Vaccination in Bombay 1902-1912 - 1902-1912
Year: 1902
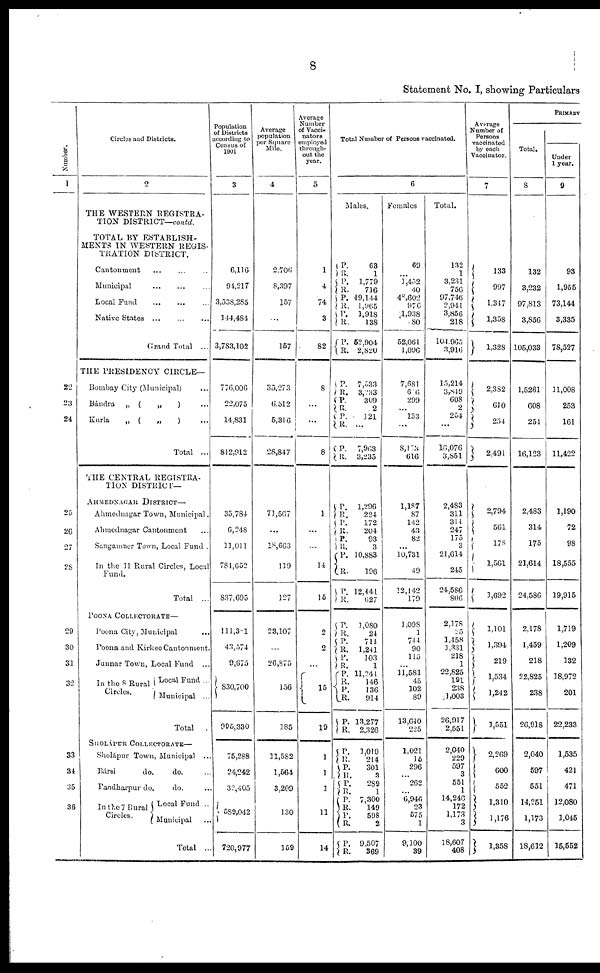
8
Statement No. I, showing Particulars
Number.
1
22
23
24
25
26
27
28
29
30
31
32
33
34
35
36
Circles and Districts.
2
THE WESTERN REGISTRA-
TION DISTRICT—contd.
TOTAL BY ESTABLISH-
MENTS IN WESTERN REGIS-
TRATION DISTRICT.
Cantonment ... ... ...
Municipal
...
...
...
Local Fund
...
...
...
Native States ... ... ...
Grand Total ...
THE PRESIDENCY CIRCLE—
Bombay City (Municipal) ...
Bándra
„ (
„
) ...
Kurla
„ (
„
) ...
Total ...
THE CENTRAL REGISTRA-
TION DISTRICT—
AHMEDNAGAR DISTRICT—
Ahmednagar Town, Municipal.
Ahmednagar Cantonment ...
Sangamner Town, Local Fund ...
In the 11 Rural Circles, Local
Fund.
Total ...
POONA COLLECTORATE—
Poona City, Municipal ...
Poona and Kirkee Cantonment.
Junnar Town, Local Fund
...
In the 8 Rural
Circles.
Local Fund ...
Municipal ...
Total
SHOLÁPUR COLLECTORATE—
Sholápur Town, Municipal ...
Bársi
do.
do. ...
Pandharpur do.
do. ...
In the 7 Rural
Circles.
Local Fund ...
Municipal ...
Total ...
Population
of Districts
according to
Census of
1901
3
6,116
94,217
3,538,285
144,484
3,783,102
776,006
22,075
14,831
812,912
35,784
6,248
11,011
784,652
837,695
111,381
43,574
9,675
830,700
995,330
75,288
24,242
32,405
589,042
720,977
Average
population
per Square
Mile.
4
2,706
8,397
157
...
157
35,273
6,512
5,316
28,847
71,567
...
18,663
119
127
23,107
...
26,875
156
185
11,582
1,564
3,209
130
159
Average
Number
of Vacci-
nators
employed
through-
out the
year.
5
1
4
74
3
82
8
...
...
8
1
...
...
14
15
2
2
...
156
19
1
1
3
11
14
Total Number of Persons vaccinated.
6
Males.
P.
63
R.
1
P.
1,779
R.
716
P. 49,144
R.
1,965
P.
1,918
R.
138
P. 52,904
R. 2,820
P.
7,533
R.
3,233
P.
309
R.
2
P.
121
R. ...
P.
7,963
R.
3,235
P.
1,290
R.
224
P.
172
R.
204
P.
93
R.
3
P. 10,883
R.
196
P. 12,441
R.
627
P.
1,080
R.
24
P.
714
R.
1,241
P.
103
R.
1
P. 11,241
R.
146
P.
136
R.
914
P. 13,277
R.
2,326
P.
1,019
R.
214
P.
301
R.
3
P.
289
R.
1
P.
7,300
R.
149
P.
598
R.
2
P. 9,507
R.
369
Females.
69
...
3,452
40
48,602
976
1,938
80
52,061
1,096
7,681
616
299
...
133
...
8,173
616
1,187
87
142
43
82
...
10,731
49
12,142
179
1,098
1
744
90
115
...
11,581
45
102
89
13,640
225
1,021
15
296
...
262
...
6,946
23
575
1
9,100
39
Total.
132
1
3,231
756
97,746
2,941
3,856
218
104,965
3,916
15,214
3,849
608
2
254
...
16,076
3,851
2,483
311
314
247
175
3
21,614
245
24,586
806
2,178
25
1,458
1,331
218
1
22,825
191
238
1,003
26,917
2,551
2,040
229
597
3
551
1
14,246
172
1,173
3
18,607
408
Average
Number of
Persons
vaccinated
by each
Vaccinator.
7
133
997
1,347
1,358
1,328
2,382
610
254
2,491
2,794
561
178
1,561
1,692
1,101
1,394
219
1,534
1,242
1,551
2,269
600
552
1,310
1,176
1,358
PRIMARY
Total.
8
132
3,232
97,813
3,856
105,033
1,5261
608
254
16,123
2,483
314
175
21,614
24,586
2,178
1,459
218
22,825
238
26,918
2,040
597
551
14,251
1,173
18,612
Under
1 year.
9
93
1,955
73,144
3,335
78,527
11,008
253
161
11,422
1,190
72
98
18,555
19,915
1,719
1,209
132
18,972
201
22,233
1,535
421
471
12,080
1,045
15,552